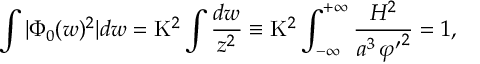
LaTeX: \int | \Phi _ { 0 } ( w ) ^ { 2 } | d w = \mathrm { K } ^ { 2 } \int \frac { d w } { z ^ { 2 } } \equiv \mathrm { K } ^ { 2 } \int _ { - \infty } ^ { + \infty } \frac { { \cal H } ^ { 2 } } { a ^ { 3 } \, { \varphi ^ { \prime } } ^ { 2 } } = 1 ,